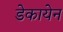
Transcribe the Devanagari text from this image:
डेकायेन